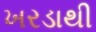
ખરડાથી